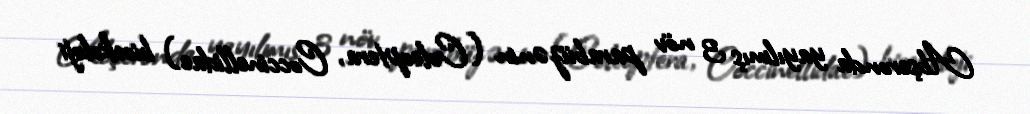
Abşeronda yayılmış 3 növ parabüzənin (Coleoptera, Coccinellidae) bioekoloji